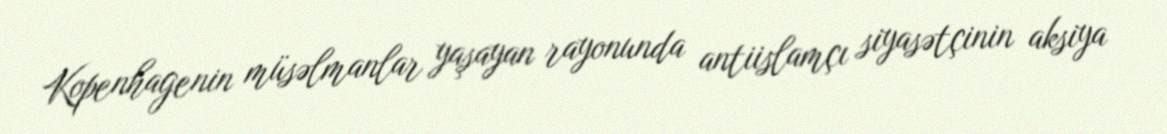
Kopenhagenin müsəlmanlar yaşayan rayonunda antiislamçı siyasətçinin aksiya